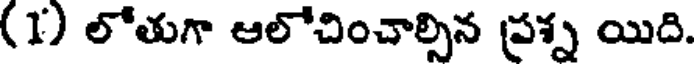
(1) లోతుగా ఆలోచించాల్సిన ప్రశ్న యిది.